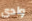
وادى